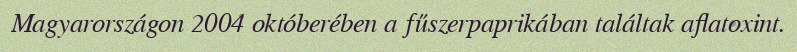
Magyarországon 2004 októberében a fűszerpaprikában találtak aflatoxint.